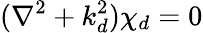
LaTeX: (\nabla^{2}+k_{d}^{2})\chi_{d}=0